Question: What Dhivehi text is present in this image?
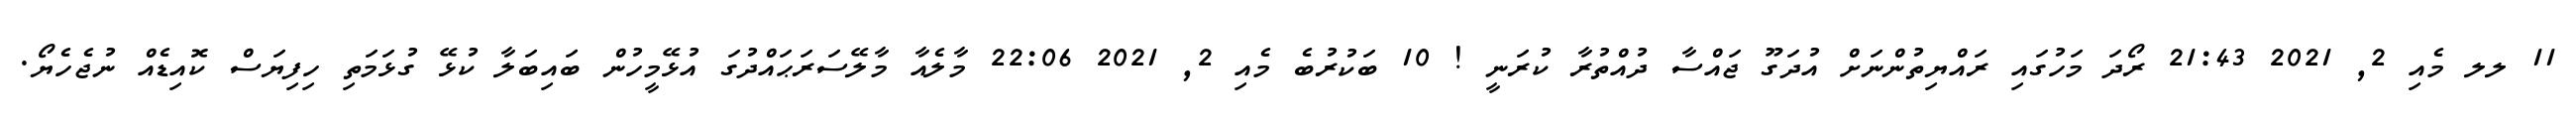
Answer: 11 ލލ މެއި 2, 2021 21:43 ރޯދަ މަހުގައި ރައްޔިތުންނަށް އުދަގޫ ޖައްސާ ދުއްތުރާ ކުރަނީ ! 10 ބަކުރުބެ މެއި 2, 2021 22:06 މާލެއާ މާލޭސަރަޙައްދުގަ އުޅޭމީހުން ބައިބަލާ ކުޅޭ ގުޅަމަތި ހިފިޔަސް ކޮއިޑެއް ނުޖެހެޔޯ.